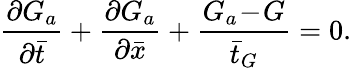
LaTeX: \frac{\partial G_{a}}{\partial\bar{t}}+\frac{\partial G_{a}}{\partial\bar{x}}+\frac{G_{a}\! -\! G}{\bar{t}_{G}}=0.